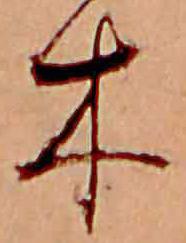
木